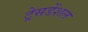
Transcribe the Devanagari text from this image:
ट्रेसडेंशल